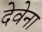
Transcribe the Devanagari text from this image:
देवेना